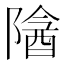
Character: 𬯖